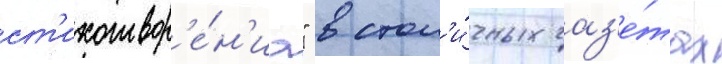
ст'ихотвор'е́н'иа" в стол'и́чных газ'е́тах